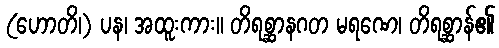
(ဟောတိ၊) ပန၊ အထူးကား။ တိရစ္ဆာနဂတ မရဏေ၊ တိရစ္ဆာန်၏